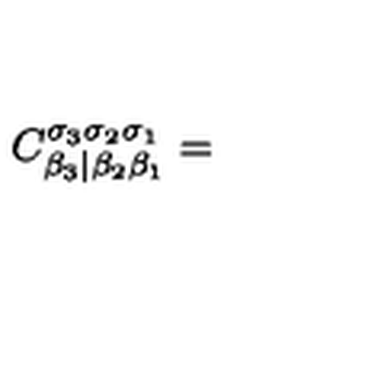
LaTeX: C _ { \beta _ { 3 } | \beta _ { 2 } \beta _ { 1 } } ^ { \sigma _ { 3 } \sigma _ { 2 } \sigma _ { 1 } } =